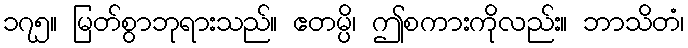
၁၇၅။ မြတ်စွာဘုရားသည်။ ဧတမ္ပိ၊ ဤစကားကိုလည်း။ ဘာသိတံ၊